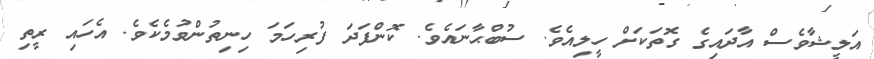
އަލީޝާވެސް އާދައިގެ ގޮތަކަށް ހީލިއެވެ. ސުބްޙާނައެވެ. ކޮންފަދަ ފުރިހަމަ ހިނިތުންވުމެކެވެ. އެހައި ރީތި